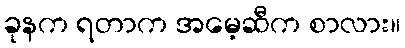
ခုနက ရတာက အမေ့ဆီက စာလား။